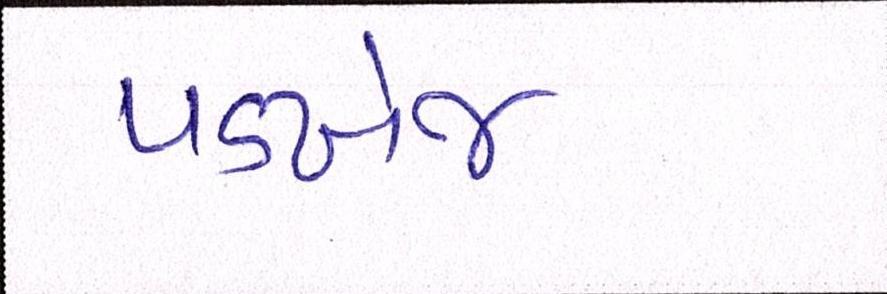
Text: પડખેજ